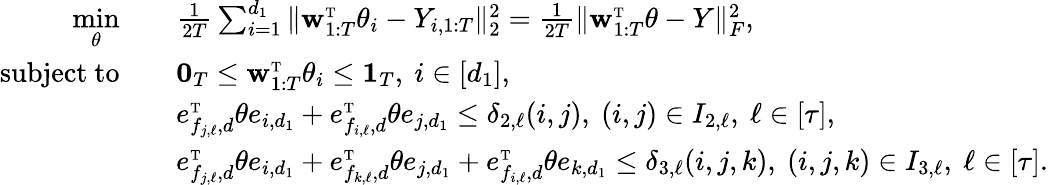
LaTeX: \begin{array}{rl}{\underset{\theta}{\mathrm{min}}\quad}&{\frac{1}{2T}\sum_{i=1}^{d_{1}}\| \mathbf{w}_{1:T}^{\mathrm{\scriptscriptstyle T}}\theta_{i}-Y_{i,1:T}\| _{2}^{2}=\frac{1}{2T}\| \mathbf{w}_{1:T}^{\mathrm{\scriptscriptstyle T}}\theta-Y\| _{F}^{2},}\\ {\mathrm{subject~to}\quad}&{\mathbf{0}_{T}\leq\mathbf{w}_{1:T}^{\mathrm{\scriptscriptstyle T}}\theta_{i}\leq\mathbf{1}_{T},\ i\in[d_{1}],}\\ &{e_{f_{j,\ell},d}^{\mathrm{\scriptscriptstyle T}}\theta e_{i,d_{1}}+e_{f_{i,\ell},d}^{\mathrm{\scriptscriptstyle T}}\theta e_{j,d_{1}}\leq\delta_{2,\ell}(i,j),\ (i,j)\in I_{2,\ell},\ \ell\in[\tau],}\\ &{e_{f_{j,\ell},d}^{\mathrm{\scriptscriptstyle T}}\theta e_{i,d_{1}}+e_{f_{k,\ell},d}^{\mathrm{\scriptscriptstyle T}}\theta e_{j,d_{1}}+e_{f_{i,\ell},d}^{\mathrm{\scriptscriptstyle T}}\theta e_{k,d_{1}}\leq\delta_{3,\ell}(i,j,k),\ (i,j,k)\in I_{3,\ell},\ \ell\in[\tau].}\end{array}